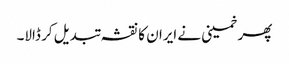
پھر خمینی نے ایران کا نقشہ تبدیل کر ڈالا۔